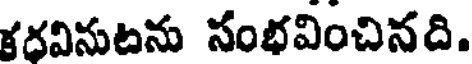
కధవినుటను సంభవించినది.